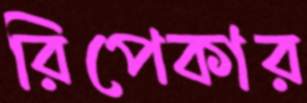
রিপেকার